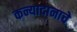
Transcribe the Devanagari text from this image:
कन्यादानाचे